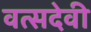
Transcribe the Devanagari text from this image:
वत्सदेवी